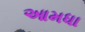
આમધા